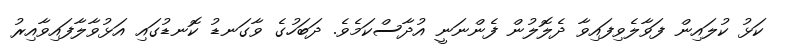
ކަޅު ކުލައިން ފަވާލެވިފައިވާ ދެލޮލުން ފެންނަނީ އުދާސްކަމެވެ. ދަބަހުގެ ވާގަނޑު ކޮނޑުގައި އަޅުވާލާފައިވާއިރު